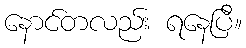
နောင်တလည်း ရနေပြီ။